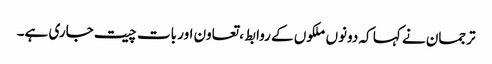
ترجمان نے کہا کہ دونوں ملکوں کے روابط، تعاون اور بات چیت جاری ہے۔